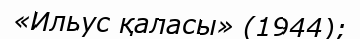
«Ильус қаласы» (1944);